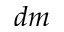
d m